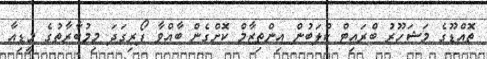
ތޮއްޑޫގެ މަޝަހޫރު ބްރައިޓް ކްލަބުން އިންތިޒާމް ކޮށްގެން ބާއްވާ ފޯރިގަދަ މިމުބާރާތުގެ މީޑިއާ